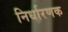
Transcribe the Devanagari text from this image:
निर्धारणक